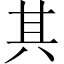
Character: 其